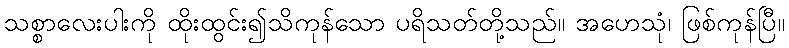
သစ္စာလေးပါးကို ထိုးထွင်း၍သိကုန်သော ပရိသတ်တို့သည်။ အဟေသုံ၊ ဖြစ်ကုန်ပြီ။